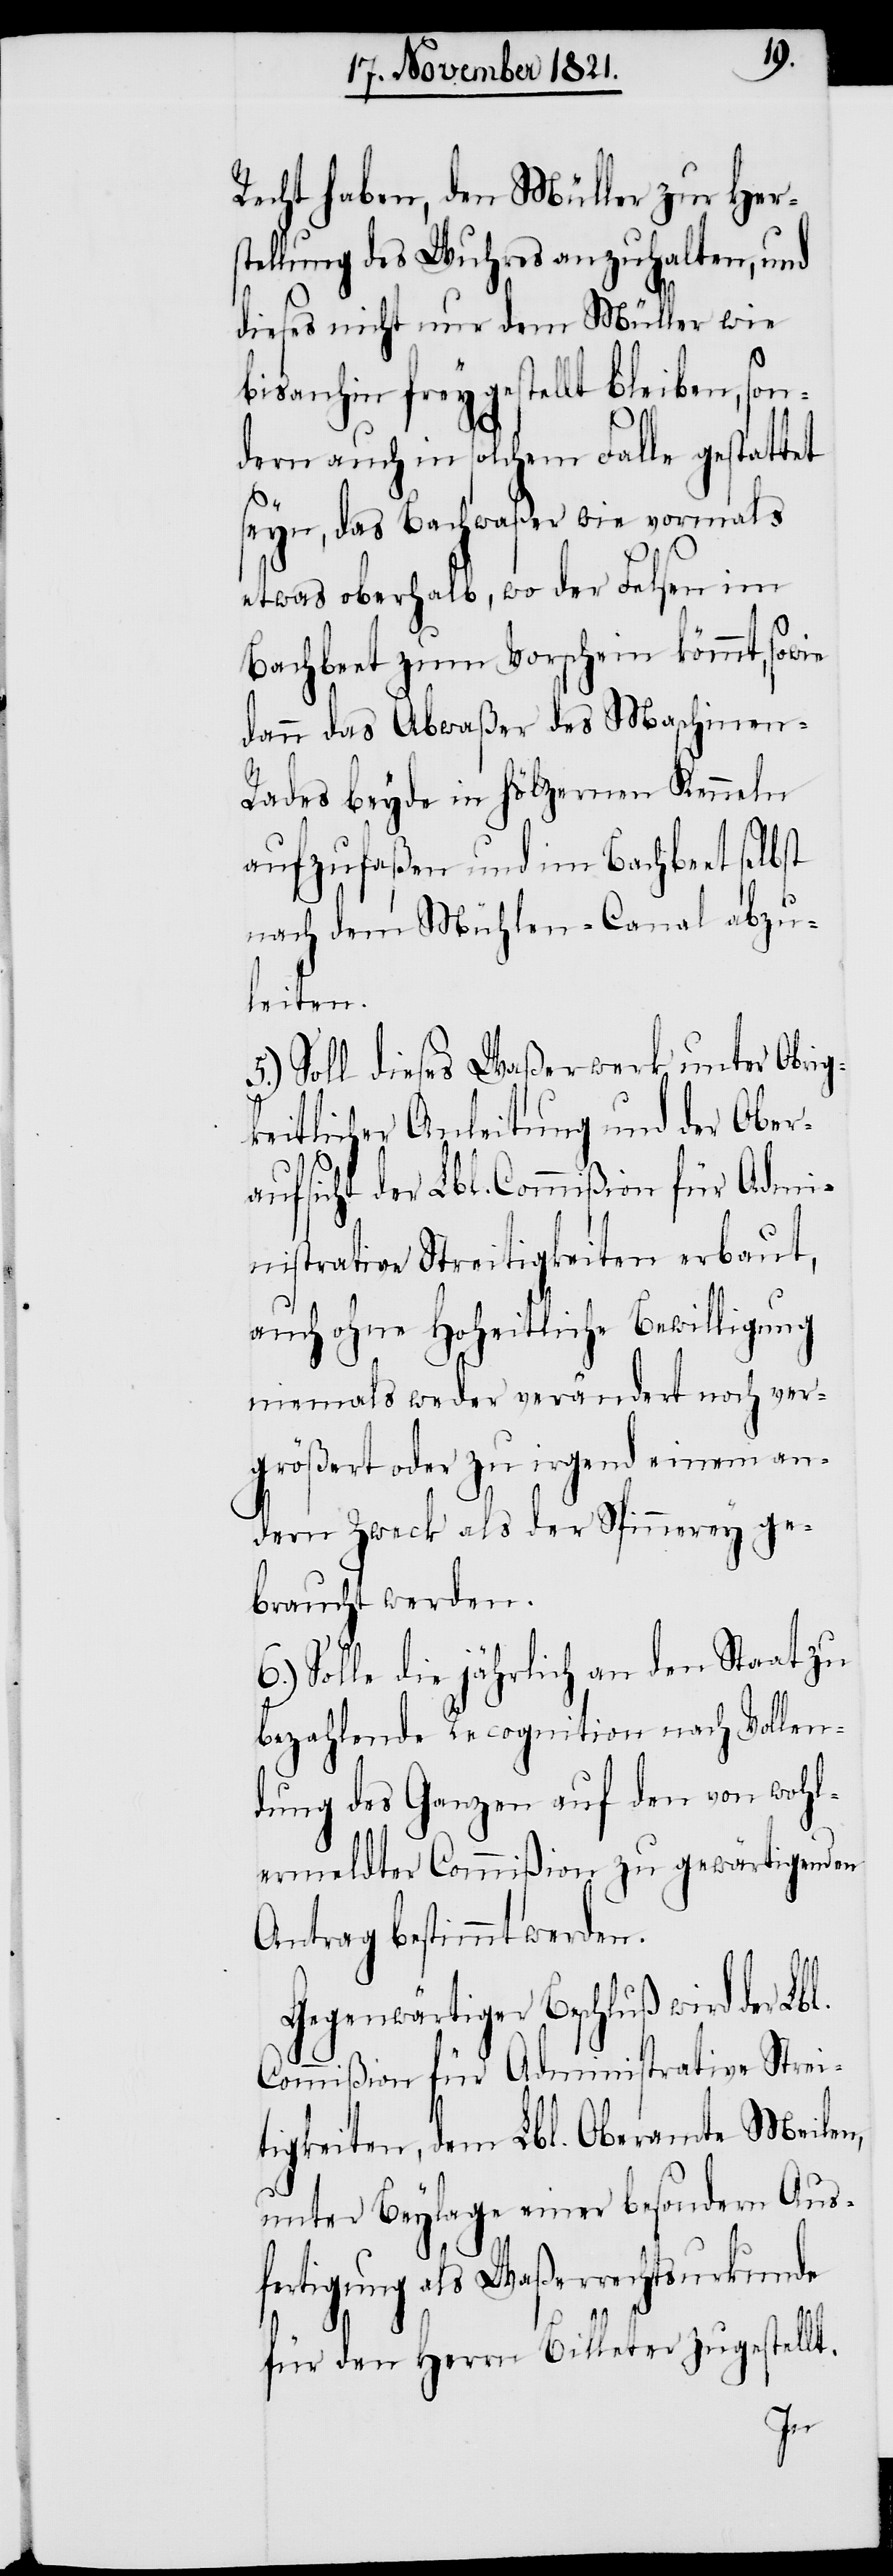
Recht haben, den Müller zur Hers¬
tellung des Wuhres anzuhalten, und
dieses nicht nur dem Müller wie
bis anhin frey gestellt bleiben, son¬
dern auch in solchem Falle gestattet
seyn, das Bachwaßer wie vormals
etwas oberhalb, wo der Felsen im
Bachbett zum Vorschein kömmt, sowie
dann das Abwaßer des Maschinen-R¬
ades beyde in hölzernen Kenneln
aufzufaßen und im Bachbeet selbst
nach dem Mühlen-Canal abzu¬
leiten.
5.) Soll dieses Waßerwerk unter Obrig¬
keitlicher Anleitung und der Ober¬
aufsicht der Lbl. Commißion für Admi¬
nistrative Streitigkeiten erbaut,
auch ohne Hoheitliche Bewilligung
niemals weder verändert noch ver¬
größert oder zu irgend einem an¬
dern Zweck als der Spinnerey ge¬
braucht werden.
6.) Solle die jährliche an den Staat zu
bezahlende Recognition nach Vollen¬
dung des Ganzen auf den von wohl¬
ermeldter Commißion zu gewärtigenden
Antrag bestimmt werden.
Gegenwärtiger Beschluß wird der Lbl.
Commißion für Administrative Strei¬
tigkeiten, dem Lbl. Oberamte Meilen,
unter Beylage einer besondern Aus¬
fertigung als Waßerrechtsurkunde
für den Herrn Billeter zugestellt.